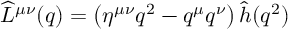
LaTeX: \widehat L ^ { \mu \nu } ( q ) = \left( \eta ^ { \mu \nu } q ^ { 2 } - q ^ { \mu } q ^ { \nu } \right) \hat { h } ( q ^ { 2 } )